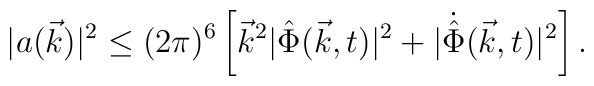
\vert a(\vec k)\vert^2 \leq (2\pi)^6\left[ {\vec k}^2\vert{\hat{\Phi}}(\vec k, t)\vert^2 + \vert{\dot{\hat{\Phi}}}(\vec k, t)\vert^2\right].